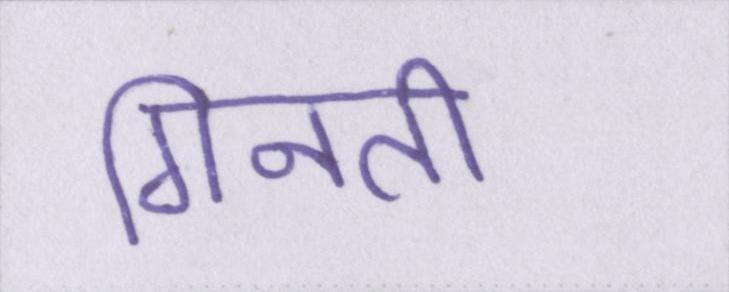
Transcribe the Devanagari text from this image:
गिनती